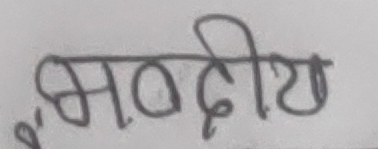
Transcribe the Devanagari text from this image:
भवदीय